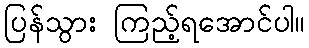
ပြန်သွား ကြည့်ရအောင်ပါ။